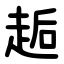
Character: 䞧